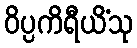
ဝိပ္ပကိရီယိံသု